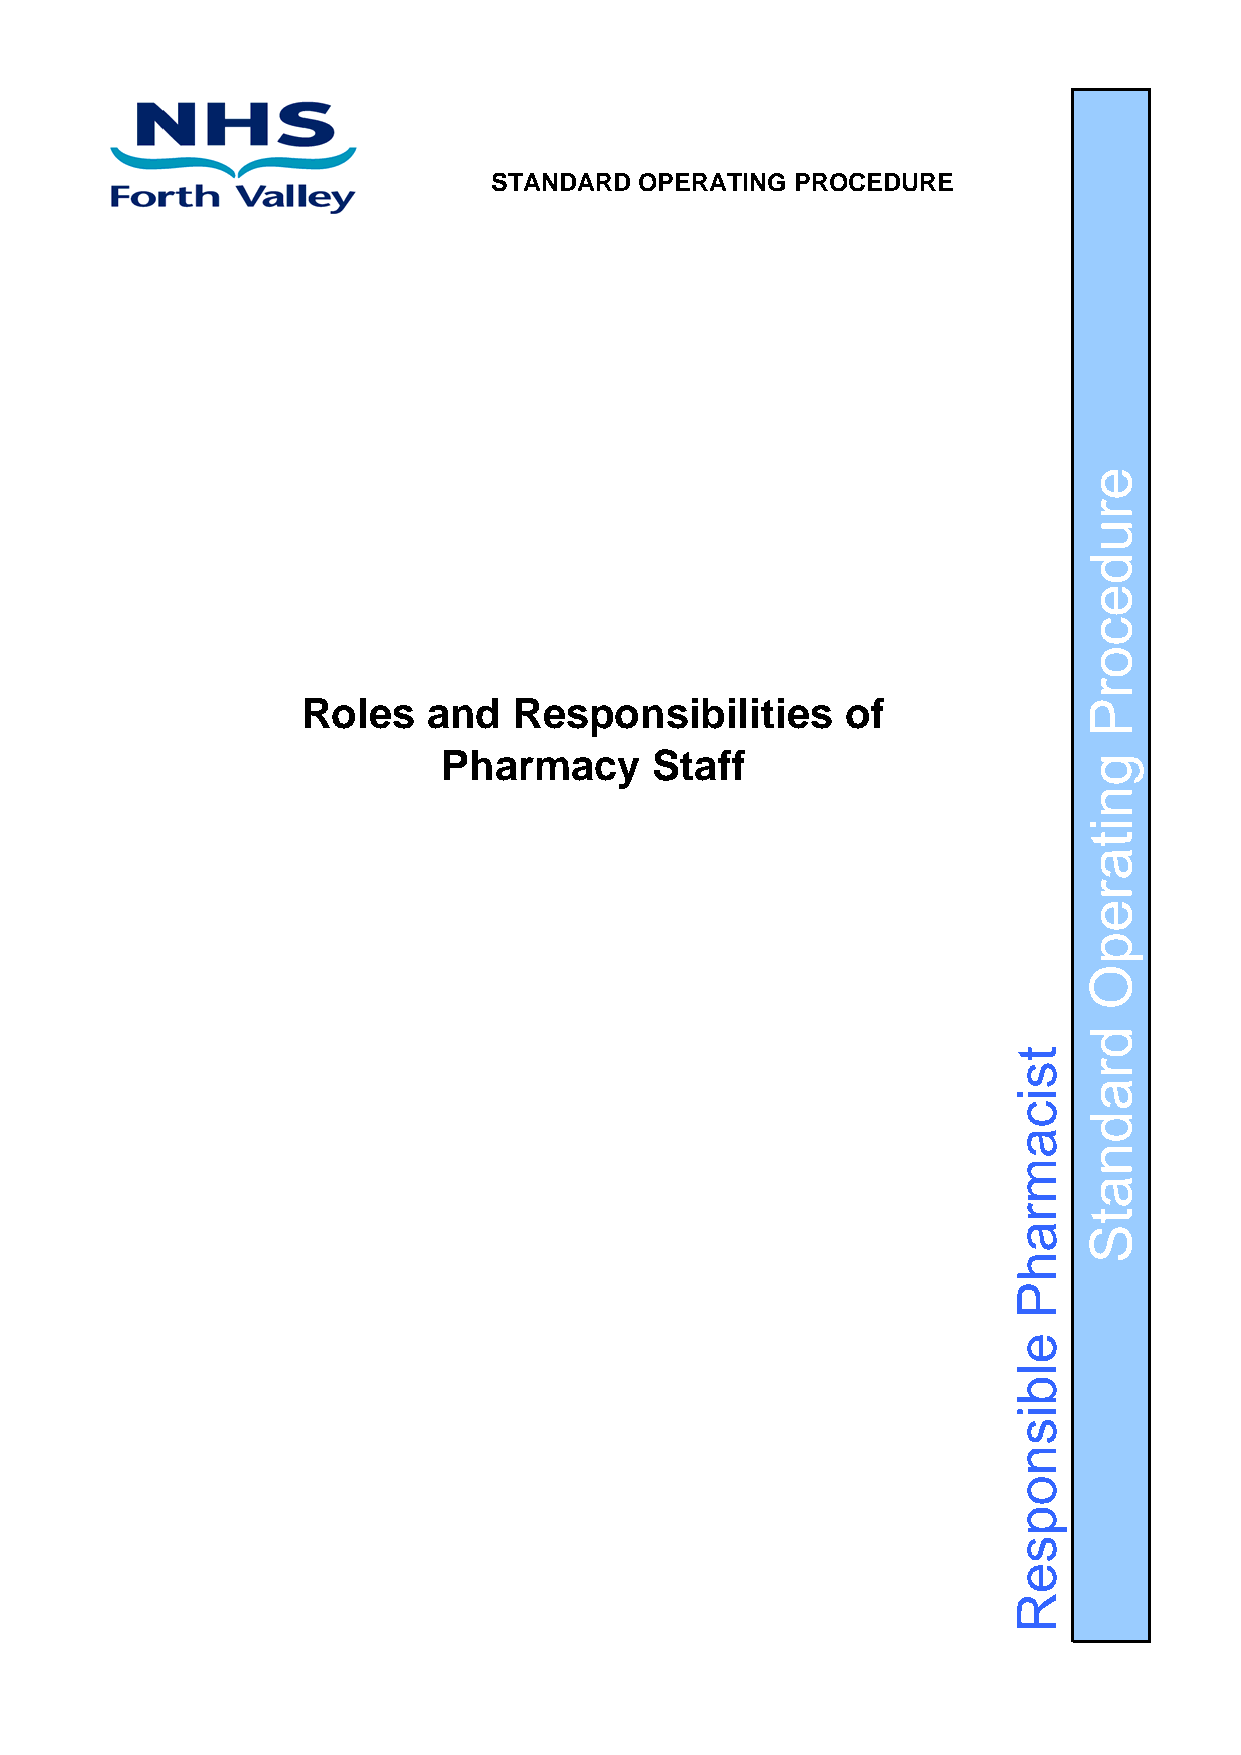
STANDARD  OPERATING  PROCEDURE
 Roles   and   Responsibilities      of
 Pharmacy      Staff
 tsicamrahP
 elbisnopseR
 erudecorP
 gnitarepO
 dradnatS